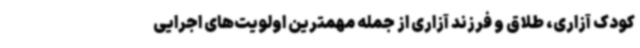
کودک آزاری، طلاق و فرزند آزاری از جمله مهمترین اولویت‌های اجرایی